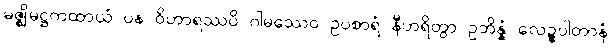
မဇ္ဈိမဋ္ဌကထာယံ ပန ဝိဟာရဿပိ ဂါမဿေဝ ဥပစာရံ နီဟရိတွာ ဥဘိန္နံ လေဍ္ဍုပါတာနံ